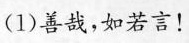
(1)善哉，如若言！